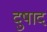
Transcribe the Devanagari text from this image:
दुषाद